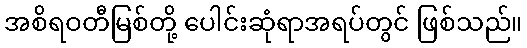
အစိရဝတီမြစ်တို့ ပေါင်းဆုံရာအရပ်တွင် ဖြစ်သည်။